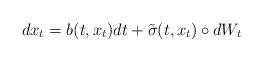
LaTeX: \begin{align*}dx_t=b(t,x_t)dt+\tilde \sigma(t,x_t)\circ dW_t\end{align*}